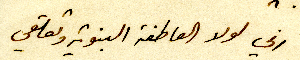
اني لولا العاطفة البنوية وتعلقي